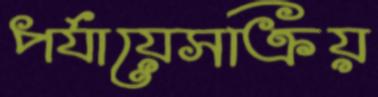
পর্যায়েসক্রিয়